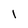
Character: 1